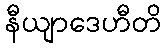
နီယျာဒေဟီတိ